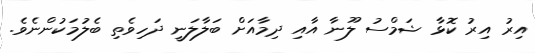
އިރު އިރު ކޮޅާ ޝަމްސު ލޫނާ އާއި ދިމާއަށް ބަލާލަނީ ދަހިވެތި ބެލުމަކުންނެވެ.